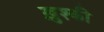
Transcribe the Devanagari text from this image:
ख़ुश्की